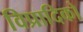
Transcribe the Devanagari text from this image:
विप्रादिको